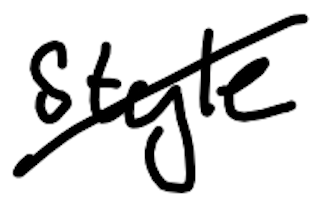
Text: style
Cross-out: diagonal
Writing tool: digital_black